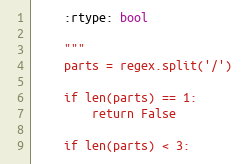
Language: Python
    :rtype: bool

    """
    parts = regex.split('/')

    if len(parts) == 1:
        return False

    if len(parts) < 3: